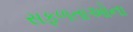
સફળતાઓના